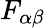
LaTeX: F_{\alpha\beta}